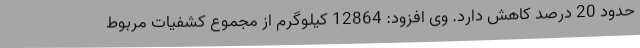
حدود 20 درصد کاهش دارد. وی افزود: 12864 کیلوگرم از مجموع کشفیات مربوط